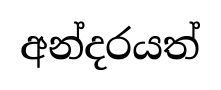
අන්දරයත්